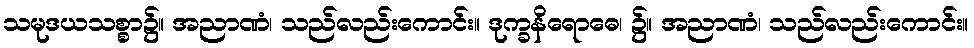
သမုဒယသစ္စာ၌။ အညာဏံ၊ သည်လည်းကောင်း။ ဒုက္ခနိရောဓေ၊ ၌။ အညာဏံ၊ သည်လည်းကောင်း။